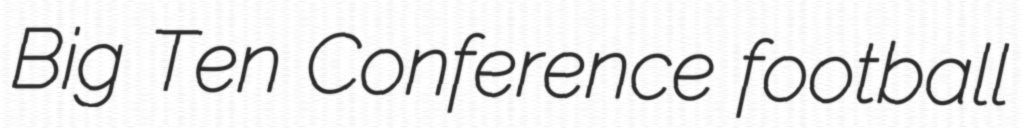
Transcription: Big Ten Conference football